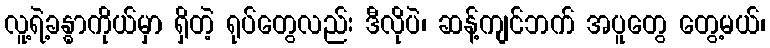
လူ့ရဲ့ခန္ဓာကိုယ်မှာ ရှိတဲ့ ရုပ်တွေလည်း ဒီလိုပဲ၊ ဆန့်ကျင်ဘက် အပူတွေ တွေ့မယ်၊